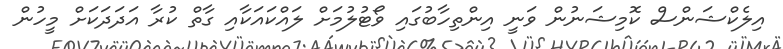
އިލެކްޝަންސް ކޮމިޝަނުން ވަނީ އިންތިހާބުގައި ވޯޓުލުމަށް ލައްކައަކާއި ގާތް ކުރާ އަދަދަކަށް މީހުން